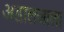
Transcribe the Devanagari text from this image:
अडालजाला